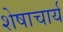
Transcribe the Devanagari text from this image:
शेषाचार्य